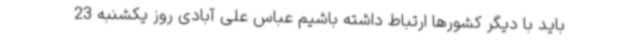
باید با دیگر کشورها ارتباط داشته باشیم عباس علی آبادی روز یکشنبه 23